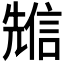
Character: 𠒷